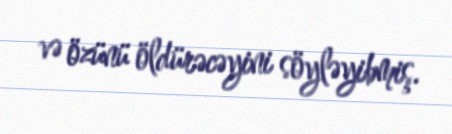
və özünü öldürəcəyini söyləyibmiş.